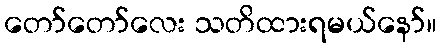
တော်တော်လေး သတိထားရမယ်နော်။